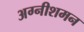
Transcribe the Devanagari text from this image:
अग्नीशमन